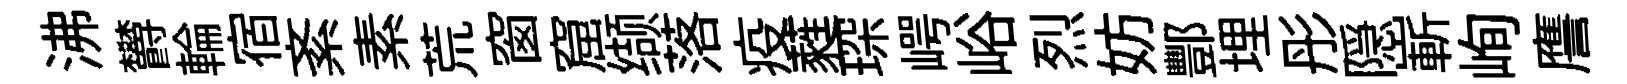
沸欝輪宿紊素荒窗窟缬落疫蕤琛崿峪烈妨酆埋彤隠嶄峋譍